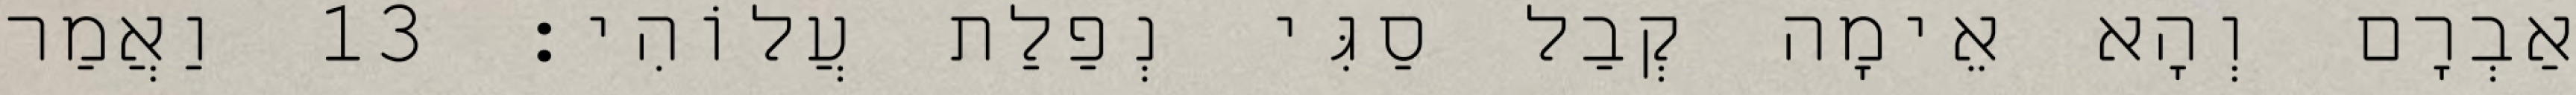
אַבְרָם וְהָא אֵימָה קְבַל סַגִּי נְפַלַת עֲלוֹהִי׃ 13 וַאֲמַר